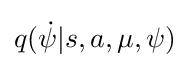
q({\dot {\psi }}|s,a,\mu ,\psi )